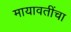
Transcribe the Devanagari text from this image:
मायावतींचा